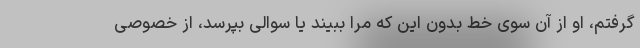
گرفتم، او از آن سوی خط بدون این که مرا ببیند یا سوالی بپرسد، از خصوصی